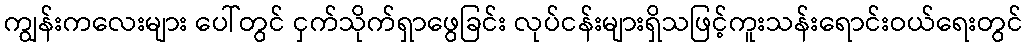
ကျွန်းကလေးများ ပေါ်တွင် ငှက်သိုက်ရှာဖွေခြင်း လုပ်ငန်းများရှိသဖြင့်ကူးသန်းရောင်းဝယ်ရေးတွင်